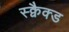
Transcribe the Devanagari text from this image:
स्क्वैक्ड